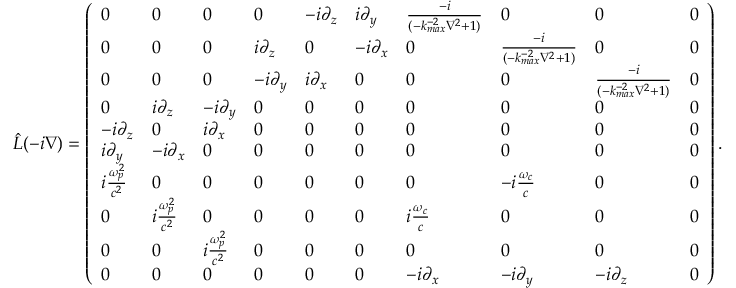
\begin{array} { r } { \hat { L } ( - i \nabla ) = \left( \begin{array} { l l l l l l l l l l } { 0 } & { 0 } & { 0 } & { 0 } & { - i \partial _ { z } } & { i \partial _ { y } } & { \frac { - i } { ( - k _ { m a x } ^ { - 2 } \nabla ^ { 2 } + 1 ) } } & { 0 } & { 0 } & { 0 } \\ { 0 } & { 0 } & { 0 } & { i \partial _ { z } } & { 0 } & { - i \partial _ { x } } & { 0 } & { \frac { - i } { ( - k _ { m a x } ^ { - 2 } \nabla ^ { 2 } + 1 ) } } & { 0 } & { 0 } \\ { 0 } & { 0 } & { 0 } & { - i \partial _ { y } } & { i \partial _ { x } } & { 0 } & { 0 } & { 0 } & { \frac { - i } { ( - k _ { m a x } ^ { - 2 } \nabla ^ { 2 } + 1 ) } } & { 0 } \\ { 0 } & { i \partial _ { z } } & { - i \partial _ { y } } & { 0 } & { 0 } & { 0 } & { 0 } & { 0 } & { 0 } & { 0 } \\ { - i \partial _ { z } } & { 0 } & { i \partial _ { x } } & { 0 } & { 0 } & { 0 } & { 0 } & { 0 } & { 0 } & { 0 } \\ { i \partial _ { y } } & { - i \partial _ { x } } & { 0 } & { 0 } & { 0 } & { 0 } & { 0 } & { 0 } & { 0 } & { 0 } \\ { i \frac { \omega _ { p } ^ { 2 } } { c ^ { 2 } } } & { 0 } & { 0 } & { 0 } & { 0 } & { 0 } & { 0 } & { - i \frac { \omega _ { c } } { c } } & { 0 } & { 0 } \\ { 0 } & { i \frac { \omega _ { p } ^ { 2 } } { c ^ { 2 } } } & { 0 } & { 0 } & { 0 } & { 0 } & { i \frac { \omega _ { c } } { c } } & { 0 } & { 0 } & { 0 } \\ { 0 } & { 0 } & { i \frac { \omega _ { p } ^ { 2 } } { c ^ { 2 } } } & { 0 } & { 0 } & { 0 } & { 0 } & { 0 } & { 0 } & { 0 } \\ { 0 } & { 0 } & { 0 } & { 0 } & { 0 } & { 0 } & { - i \partial _ { x } } & { - i \partial _ { y } } & { - i \partial _ { z } } & { 0 } \end{array} \right) . } \end{array}